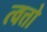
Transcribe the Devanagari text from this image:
त्वत्तो